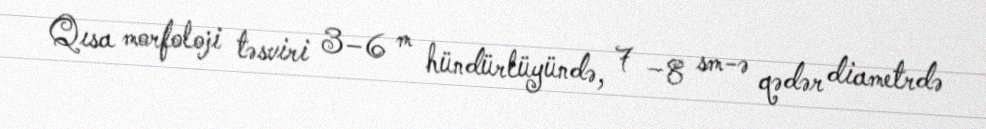
Qısa morfoloji təsviri 3–6 m hündürlüyündə, 7 −8 sm-ə qədər diametrdə